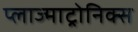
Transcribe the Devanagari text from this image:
प्लाज्माट्रोनिक्स